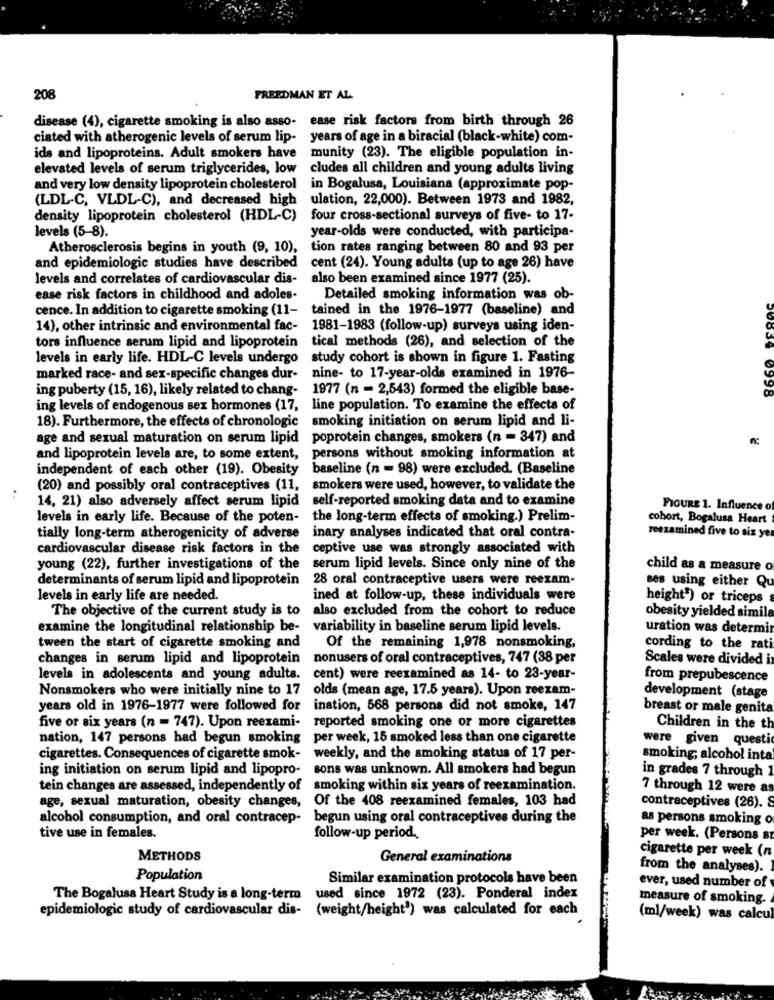
208
FREEDMAN ET AL
disease (4), cigarette smoking is also asso- ease risk factors from birth through 26
ciated with atherogenic levels of serum lip- years of age in a biracial (black-white) com-
ids and lipoproteins. Adult smokers have
munity (23). The eligible population in-
elevated levels of serum triglycerides, low
cludes all children and young adults living
and very low density lipoprotein cholesterol
in Bogalusa, Louisiana (approximate pop-
(LDL-C, VLDL-C), and decreased high
ulation, 22,000). Between 1973 and 1982,
density lipoprotein cholesterol (HDL-C) four cross-sectional surveys of five- to 17-
levels (5-8).
year-olds were conducted, with participa-
Atherosclerosis begins in youth (9, 10), tion rates ranging between 80 and 93 per
and epidemiologic studies have described
cent (24). Young adults (up to age 26) have
levels and correlates of cardiovascular dis-
also been examined since 1977 (25).
ease risk factors in childhood and adoles-
Detailed smoking information was ob-
cence. In addition to cigarette smoking (11- tained in the 1976-1977 (baseline) and
14), other intrinsic and environmental fac- 1981-1983 (follow-up) surveys using iden-
tors influence serum lipid and lipoprotein tical methods (26), and selection of the
levels in early life. HDL-C levels undergo study cohort is shown in figure 1. Fasting
marked race- and sex-specific changes dur-
nine- to 17-year-olds examined in 1976-
ing puberty (15, 16), likely related to chang-
1977 (n = 2,543) formed the eligible base-
ing levels of endogenous sex hormones (17,
line population. To examine the effects of
18). Furthermore, the effects of chronologic
smoking initiation on serum lipid and li-
age and sexual maturation on serum lipid poprotein changes, smokers (n = 347) and
and lipoprotein levels are, to some extent, persons without smoking information at
independent of each other (19). Obesity baseline (n = 98) were excluded. (Baseline
(20) and possibly oral contraceptives (11, smokers were used, however, to validate the
..
14, 21) also adversely affect serum lipid
self-reported smoking data and to examine
FIGURE 1. Influence of
levels in early life. Because of the poten-
the long-term effects of smoking.) Prelim-
cohort, Bogalusa Heart
tially long-term atherogenicity of adverse
inary analyses indicated that oral contra-
reexamined five to siz ye
cardiovascular disease risk factors in the
ceptive use was strongly associated with
young (22), further investigations of the
serum lipid levels. Since only nine of the
child as a measure o
determinants of serum lipid and lipoprotein
28 oral contraceptive users were reexam-
ses using either Qu
levels in early life are needed.
ined at follow-up, these individuals were
height") or triceps
The objective of the current study is to
also excluded from the cohort to reduce
obesity yielded simila
examine the longitudinal relationship be-
variability in baseline serum lipid levels.
uration was determir
tween the start of cigarette smoking and
Of the remaining 1,978 nonsmoking,
cording to the rati
changes in serum lipid and lipoprotein
nonusers of oral contraceptives, 747 (38 per
Scales were divided i
levels in adolescents and young adults. cent) were reexamined as 14- to 23-year-
from prepubescence
Nonsmokers who were initially nine to 17
olds (mean age, 17.5 years). Upon reexam-
development (stage
years old in 1976-1977 were followed for
ination, 568 persons did not smoke, 147
breast or male genita
reported smoking one or more cigarettes
five or six years (n = 747). Upon reexami-
Children in the th
nation, 147 persons had begun smoking
per week, 15 smoked less than one cigarette
were given questi
cigarettes. Consequences of cigarette smok-
weekly, and the smoking status of 17 per-
smoking; alcohol inta
ing initiation on serum lipid and lipopro-
sons was unknown. All smokers had begun
in grades 7 through 1
tein changes are assessed, independently of
smoking within six years of reexamination.
7 through 12 were as
Of the 408 reexamined females, 103 had
age, sexual maturation, obesity changes,
contraceptives (26). S
alcohol consumption, and oral contracep-
begun using oral contraceptives during the
as persons smoking o
tive use in females.
follow-up period.
per week. (Persons st
cigarette per week (n
METHODS
General examinations
from the analyses).
Population
Similar examination protocols have been
ever, used number of
The Bogalusa Heart Study is a long-term used since 1972 (23). Ponderal index
measure of smoking.
epidemiologic study of cardiovascular dis- (weight/height') was calculated for each
(ml/week) was calcu